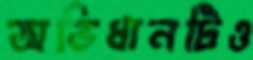
অভিধানটিও